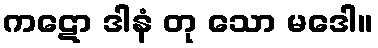
ကဋော ဒါနံ တု သော မဒေါ။